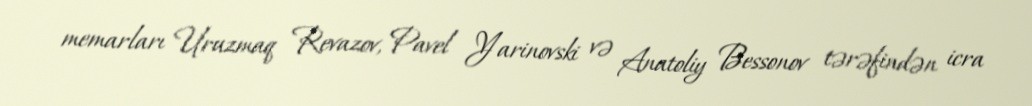
memarları Uruzmaq Revazov, Pavel Yarinovski və Anatoliy Bessonov tərəfindən icra